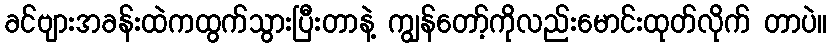
ခင်ဗျားအခန်းထဲကထွက်သွားပြီးတာနဲ့ ကျွန်တော့်ကိုလည်းမောင်းထုတ်လိုက် တာပဲ။